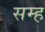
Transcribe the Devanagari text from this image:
सम्ह